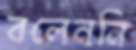
বলেননি